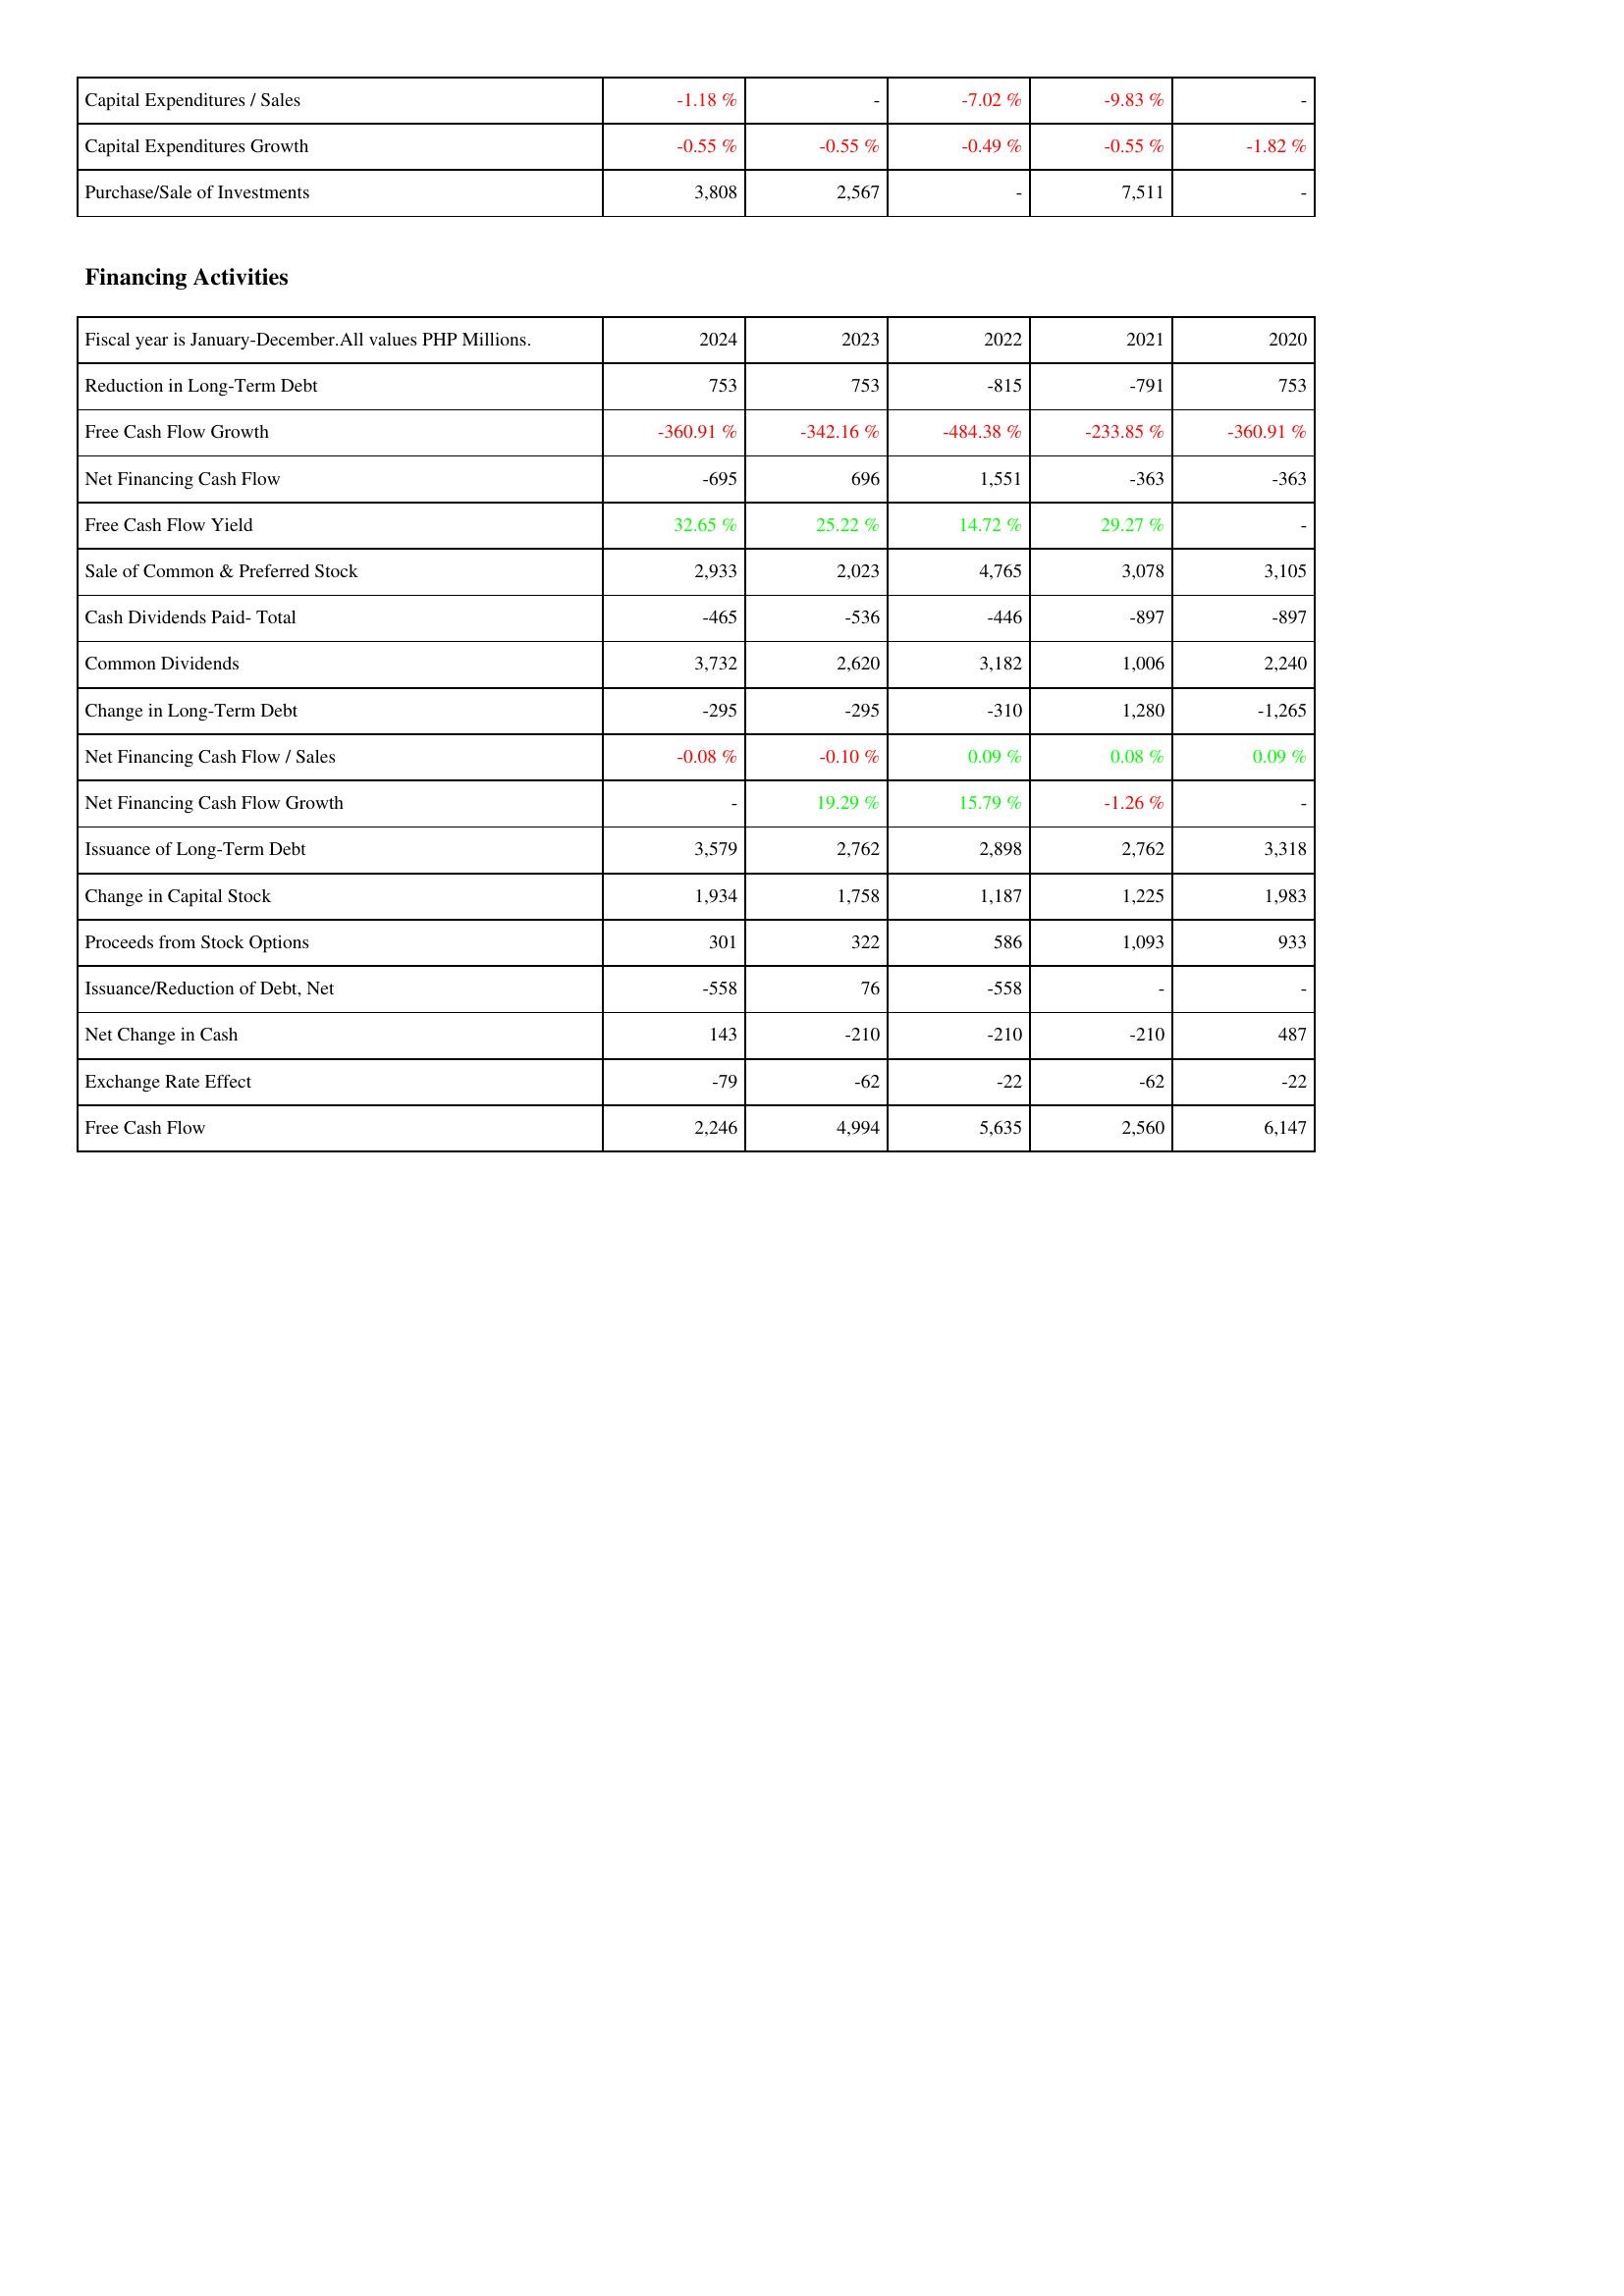
2024: Investing Activities: Capital Expenditures / Sales: -1.18 %
Capital Expenditures Growth: -0.55 %
Purchase/Sale of Investments: 3,808
Financing Activities: Reduction in Long-Term Debt: 753
Free Cash Flow Growth: -360.91 %
Net Financing Cash Flow: -695
Free Cash Flow Yield: 32.65 %
Sale of Common & Preferred Stock: 2,933
Cash Dividends Paid- Total: -465
Common Dividends: 3,732
Change in Long-Term Debt: -295
Net Financing Cash Flow / Sales: -0.08 %
Net Financing Cash Flow Growth: -
Issuance of Long-Term Debt: 3,579
Change in Capital Stock: 1,934
Proceeds from Stock Options: 301
Issuance/Reduction of Debt, Net: -558
Net Change in Cash: 143
Exchange Rate Effect: -79
Free Cash Flow: 2,246
2023: Investing Activities: Capital Expenditures / Sales: -
Capital Expenditures Growth: -0.55 %
Purchase/Sale of Investments: 2,567
Financing Activities: Reduction in Long-Term Debt: 753
Free Cash Flow Growth: -342.16 %
Net Financing Cash Flow: 696
Free Cash Flow Yield: 25.22 %
Sale of Common & Preferred Stock: 2,023
Cash Dividends Paid- Total: -536
Common Dividends: 2,620
Change in Long-Term Debt: -295
Net Financing Cash Flow / Sales: -0.10 %
Net Financing Cash Flow Growth: 19.29 %
Issuance of Long-Term Debt: 2,762
Change in Capital Stock: 1,758
Proceeds from Stock Options: 322
Issuance/Reduction of Debt, Net: 76
Net Change in Cash: -210
Exchange Rate Effect: -62
Free Cash Flow: 4,994
2022: Investing Activities: Capital Expenditures / Sales: -7.02 %
Capital Expenditures Growth: -0.49 %
Purchase/Sale of Investments: -
Financing Activities: Reduction in Long-Term Debt: -815
Free Cash Flow Growth: -484.38 %
Net Financing Cash Flow: 1,551
Free Cash Flow Yield: 14.72 %
Sale of Common & Preferred Stock: 4,765
Cash Dividends Paid- Total: -446
Common Dividends: 3,182
Change in Long-Term Debt: -310
Net Financing Cash Flow / Sales: 0.09 %
Net Financing Cash Flow Growth: 15.79 %
Issuance of Long-Term Debt: 2,898
Change in Capital Stock: 1,187
Proceeds from Stock Options: 586
Issuance/Reduction of Debt, Net: -558
Net Change in Cash: -210
Exchange Rate Effect: -22
Free Cash Flow: 5,635
2021: Investing Activities: Capital Expenditures / Sales: -9.83 %
Capital Expenditures Growth: -0.55 %
Purchase/Sale of Investments: 7,511
Financing Activities: Reduction in Long-Term Debt: -791
Free Cash Flow Growth: -233.85 %
Net Financing Cash Flow: -363
Free Cash Flow Yield: 29.27 %
Sale of Common & Preferred Stock: 3,078
Cash Dividends Paid- Total: -897
Common Dividends: 1,006
Change in Long-Term Debt: 1,280
Net Financing Cash Flow / Sales: 0.08 %
Net Financing Cash Flow Growth: -1.26 %
Issuance of Long-Term Debt: 2,762
Change in Capital Stock: 1,225
Proceeds from Stock Options: 1,093
Issuance/Reduction of Debt, Net: -
Net Change in Cash: -210
Exchange Rate Effect: -62
Free Cash Flow: 2,560
2020: Investing Activities: Capital Expenditures / Sales: -
Capital Expenditures Growth: -1.82 %
Purchase/Sale of Investments: -
Financing Activities: Reduction in Long-Term Debt: 753
Free Cash Flow Growth: -360.91 %
Net Financing Cash Flow: -363
Free Cash Flow Yield: -
Sale of Common & Preferred Stock: 3,105
Cash Dividends Paid- Total: -897
Common Dividends: 2,240
Change in Long-Term Debt: -1,265
Net Financing Cash Flow / Sales: 0.09 %
Net Financing Cash Flow Growth: -
Issuance of Long-Term Debt: 3,318
Change in Capital Stock: 1,983
Proceeds from Stock Options: 933
Issuance/Reduction of Debt, Net: -
Net Change in Cash: 487
Exchange Rate Effect: -22
Free Cash Flow: 6,147